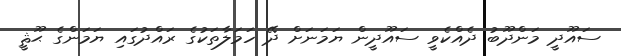
ސައޫދީ މަންދޫބު ދެއްކެވީ ސައޫދީން ޔަމަނަށް ދޭ ހަމަލާތަކުގެ ރައްދުގައި ޔަމަންގެ ޙޫޘީ